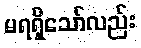
မရရှိသော်လည်း